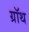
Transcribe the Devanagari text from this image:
ग्रॉथ